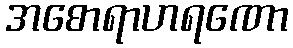
အစောရာဟရဏော